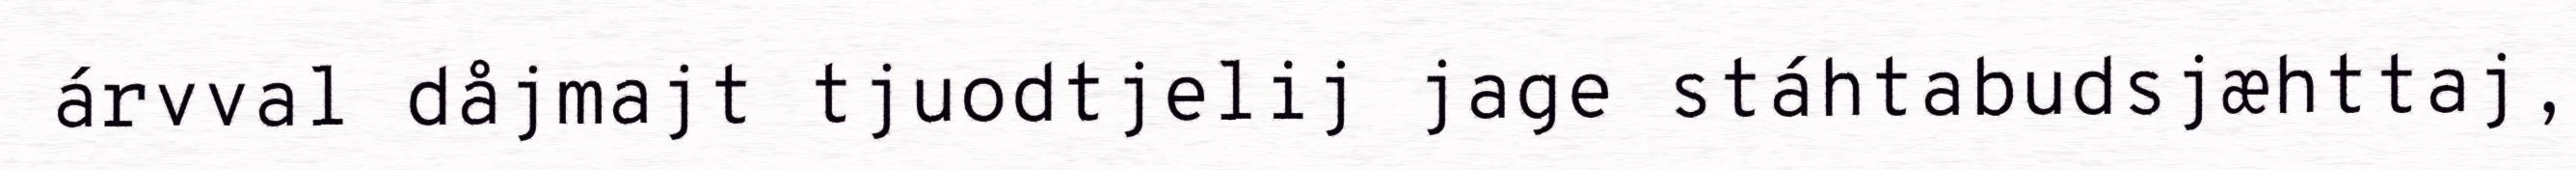
árvval dåjmajt tjuodtjelij jage stáhtabudsjæhttaj,